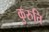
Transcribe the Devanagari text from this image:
कुरुति